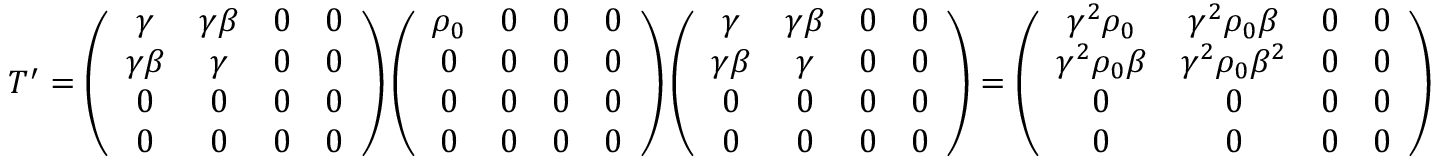
T ^ { \prime } = \left( \begin{array} { c c c c } { \gamma } & { \gamma \beta } & { 0 } & { 0 } \\ { \gamma \beta } & { \gamma } & { 0 } & { 0 } \\ { 0 } & { 0 } & { 0 } & { 0 } \\ { 0 } & { 0 } & { 0 } & { 0 } \end{array} \right) \left( \begin{array} { c c c c } { \rho _ { 0 } } & { 0 } & { 0 } & { 0 } \\ { 0 } & { 0 } & { 0 } & { 0 } \\ { 0 } & { 0 } & { 0 } & { 0 } \\ { 0 } & { 0 } & { 0 } & { 0 } \end{array} \right) \left( \begin{array} { c c c c } { \gamma } & { \gamma \beta } & { 0 } & { 0 } \\ { \gamma \beta } & { \gamma } & { 0 } & { 0 } \\ { 0 } & { 0 } & { 0 } & { 0 } \\ { 0 } & { 0 } & { 0 } & { 0 } \end{array} \right) = \left( \begin{array} { c c c c } { \gamma ^ { 2 } \rho _ { 0 } } & { \gamma ^ { 2 } \rho _ { 0 } \beta } & { 0 } & { 0 } \\ { \gamma ^ { 2 } \rho _ { 0 } \beta } & { \gamma ^ { 2 } \rho _ { 0 } \beta ^ { 2 } } & { 0 } & { 0 } \\ { 0 } & { 0 } & { 0 } & { 0 } \\ { 0 } & { 0 } & { 0 } & { 0 } \end{array} \right)